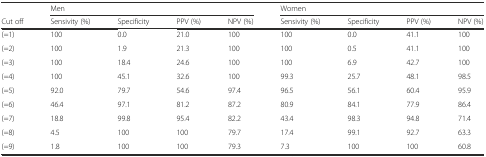
|  | <COLSPAN=4> Men | <COLSPAN=4> Women |
 | Cut off | Sensivity (%) | Specificity | PPV (%) | NPV (%) | Sensivity (%) | Specificity | PPV (%) | NPV (%) |
 | --- | --- | --- | --- | --- | --- | --- | --- | --- |
 | (=1) | 100 | 0.0 | 21.0 | 100 | 100 | 0.0 | 41.1 | 100 |
 | (=2) | 100 | 1.9 | 21.3 | 100 | 100 | 0.5 | 41.1 | 100 |
 | (=3) | 100 | 18.4 | 24.6 | 100 | 100 | 6.9 | 42.7 | 100 |
 | (=4) | 100 | 45.1 | 32.6 | 100 | 99.3 | 25.7 | 48.1 | 98.5 |
 | (=5) | 92.0 | 79.7 | 54.6 | 97.4 | 96.5 | 56.1 | 60.4 | 95.9 |
 | (=6) | 46.4 | 97.1 | 81.2 | 87.2 | 80.9 | 84.1 | 77.9 | 86.4 |
 | (=7) | 18.8 | 99.8 | 95.4 | 82.2 | 43.4 | 98.3 | 94.8 | 71.4 |
 | (=8) | 4.5 | 100 | 100 | 79.7 | 17.4 | 99.1 | 92.7 | 63.3 |
 | (=9) | 1.8 | 100 | 100 | 79.3 | 7.3 | 100 | 100 | 60.8 |